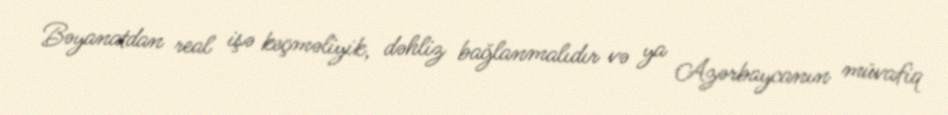
Bəyanatdan real işə keçməliyik, dəhliz bağlanmalıdır və ya Azərbaycanın müvafiq